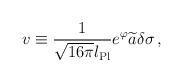
LaTeX: \begin{align*}v \equiv {1\over\sqrt{16\pi}l_{\rm Pl}} e^{\varphi} \widetilde{a} \delta\sigma \, ,\end{align*}